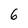
Character: 6